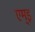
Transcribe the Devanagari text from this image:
एम्इ